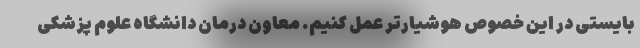
بایستی در این خصوص هوشیارتر عمل کنیم. معاون درمان دانشگاه علوم پزشکی